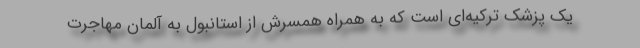
یک پزشک ترکیه‌ای است که به همراه همسرش از استانبول به آلمان مهاجرت